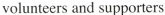
volunteers and supporters.